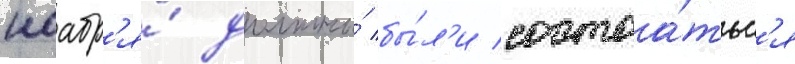
ноабр'я́ должны́ бы́л'и состоа́тьс'я